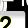
Digit: 2